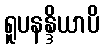
ရူပနန္ဒိယာပိ